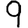
Digit: 9